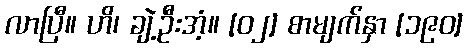
လာပြီ။ ဟိ၊ ချဲ့ဦးအံ့။ [၀၂] စာမျက်နှာ [၁၉၀]